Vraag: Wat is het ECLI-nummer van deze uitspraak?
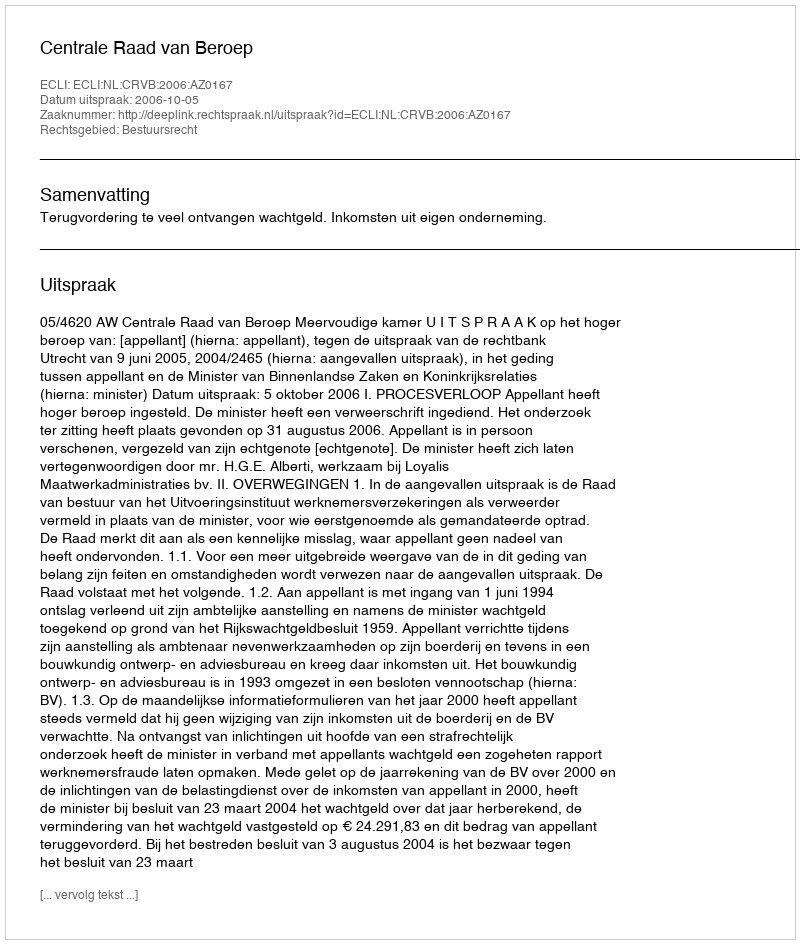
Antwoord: ECLI:NL:CRVB:2006:AZ0167